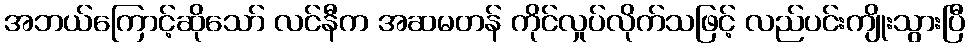
အဘယ်ကြောင့်ဆိုသော် လင်နီက အဆမတန် ကိုင်လှုပ်လိုက်သဖြင့် လည်ပင်းကျိုးသွားပြီ